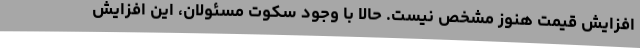
افزایش قیمت هنوز مشخص نیست. حالا با وجود سکوت مسئولان، این افزایش